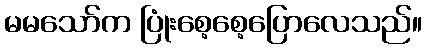
မမသော်က ပြုံးစေ့စေ့ပြောလေသည်။